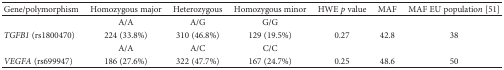
<table><thead><tr><td><b>Gene/polymorphism</b></td><td><b>Homozygous major</b></td><td><b>Heterozygous</b></td><td><b>Homozygous minor</b></td><td><b>HWE <i>p</i> value</b></td><td><b>MAF</b></td><td><b>MAF EU populatio<i>n</i> [51]</b></td></tr></thead><tbody><tr><td></td><td>A/A</td><td>A/G</td><td>G/G</td><td></td><td></td><td></td></tr><tr><td><i>TGFB1</i> (rs1800470)</td><td>224 (33.8%)</td><td>310 (46.8%)</td><td>129 (19.5%)</td><td>0.27</td><td>42.8</td><td>38</td></tr><tr><td></td><td>A/A</td><td>A/C</td><td>C/C</td><td></td><td></td><td></td></tr><tr><td><i>VEGFA</i> (rs699947)</td><td>186 (27.6%)</td><td>322 (47.7%)</td><td>167 (24.7%)</td><td>0.25</td><td>48.6</td><td>50</td></tr></tbody></table>